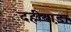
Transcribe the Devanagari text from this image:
दहीबाड़ा